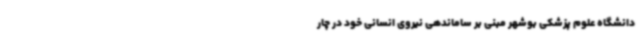
دانشگاه علوم پزشکی بوشهر مبنی بر ساماندهی نیروی انسانی خود در چار